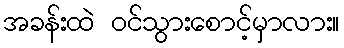
အခန်းထဲ ဝင်သွားစောင့်မှာလား။